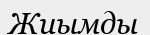
Жиымды